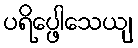
ပရိပ္ဖေါသေယျ